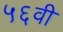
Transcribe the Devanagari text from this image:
५६वी